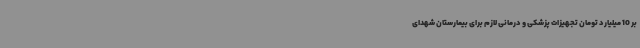
بر 10 میلیارد تومان تجهیزات پزشکی و درمانی لازم برای بیمارستان‌ شهدای